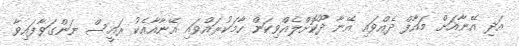
އަދި އޭނާއަށް މައާފް ދެއްވައި އޭނާ ދޫކޮށްލެއްވިކަން ހާމަކުރައްވައި އޭނާއާއެކު ރައީސް ނަންގަވާފައިވާ